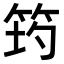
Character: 𥭀